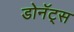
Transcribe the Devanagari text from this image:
डोनॅट्स